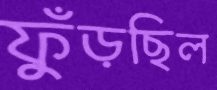
ফুঁড়ছিল